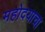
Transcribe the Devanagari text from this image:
महोदयाचा